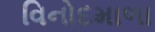
વિનોદમાળા